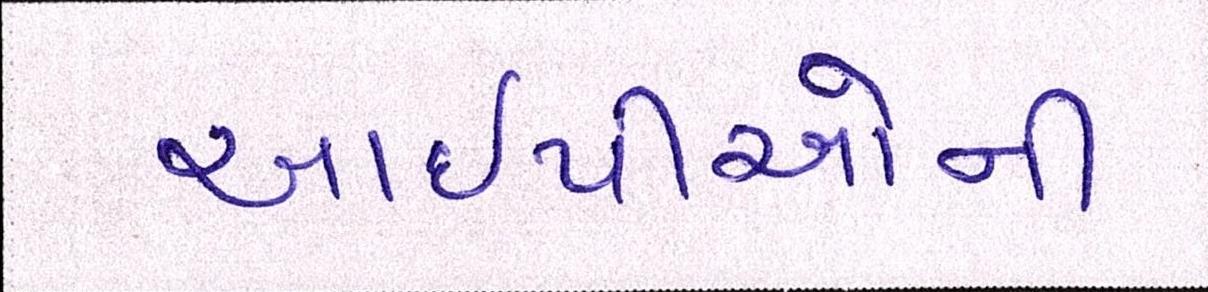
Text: આઇપીઓની